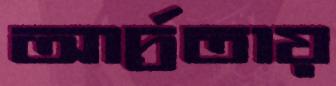
আর্দ্রতায়